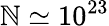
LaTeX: \mathbb{N}\simeq10^{23}